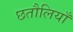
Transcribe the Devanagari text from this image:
छतौलियाँ